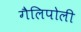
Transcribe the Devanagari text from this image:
गैलिपोली